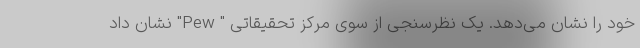
خود را نشان می‌دهد. یک نظرسنجی از سوی مرکز تحقیقاتی " Pew" نشان داد